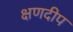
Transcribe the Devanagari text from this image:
क्षणदीप